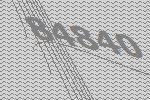
84840